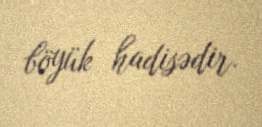
böyük hadisədir.